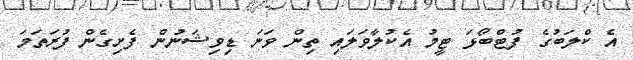
އެ ކްލަބުގެ ފުޓްބޯޅަ ޓީމު އެކުލާވަލައި ތިން ވަނަ ޑިވިޝަނުން ފެށިގެން ފުރަތަމަ